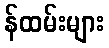
န်ထမ်းများ